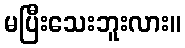
မပြီးသေးဘူးလား။